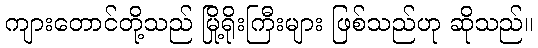
ကျားတောင်တို့သည် မြို့ရိုးကြီးများ ဖြစ်သည်ဟု ဆိုသည်။